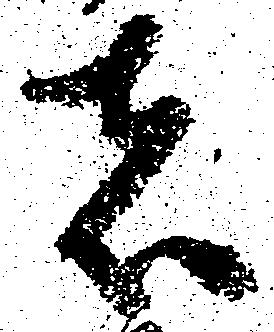
者